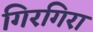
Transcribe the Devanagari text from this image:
गिरगिरा